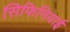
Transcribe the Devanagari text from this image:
सिफिनियाई